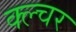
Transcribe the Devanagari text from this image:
क्ल्चर